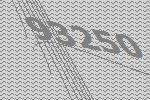
93250